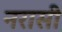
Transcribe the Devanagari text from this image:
नरासी